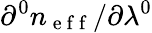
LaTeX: \partial^{0}n_{\mathrm{~e~f~f~}}/\partial\lambda^{0}